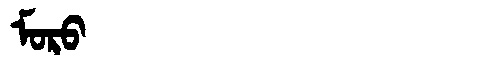
Manchu: ᠮᠣᡵᠣ
Romanization: MORO